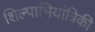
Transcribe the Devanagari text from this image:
शिल्पाभियांत्रिकी